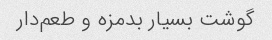
گوشت بسیار بدمزه و طعم‌دار